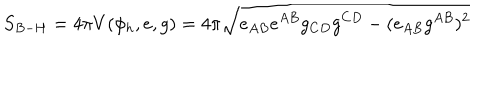
S _ { B - H } = 4 \pi V ( \phi _ { h } , e , g ) = 4 \pi \sqrt { e _ { A B } e ^ { A B } g _ { C D } g ^ { C D } - ( e _ { A B } g ^ { A B } ) ^ { 2 } }